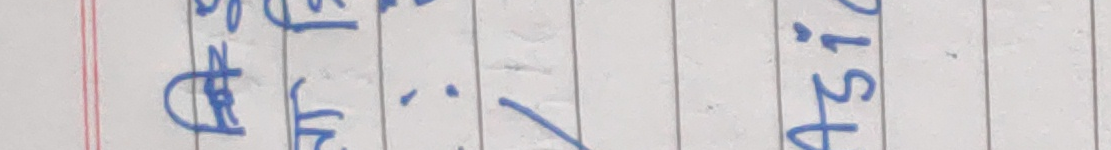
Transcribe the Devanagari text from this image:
कि.मि. / ४.९१२